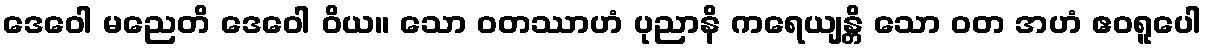
ဒေဝေါ မညေတိ ဒေဝေါ ဝိယ။ သော ဝတဿာဟံ ပုညာနိ ကရေယျန္တိ သော ဝတ အဟံ ဧဝရူပေါ